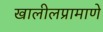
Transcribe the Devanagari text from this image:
खालीलप्रामाणे